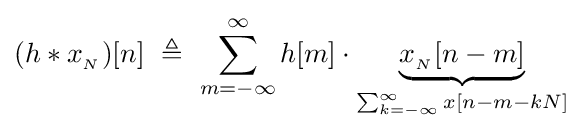
(h*x_{_{N}})[n]\ \triangleq \ \sum _{m=-\infty }^{\infty }h[m]\cdot \underbrace {x_{_{N}}[n-m]} _{\sum _{k=-\infty }^{\infty }x[n-m-kN]}